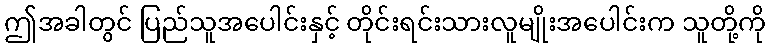
ဤအခါတွင် ပြည်သူအပေါင်းနှင့် တိုင်းရင်းသားလူမျိုးအပေါင်းက သူတို့ကို